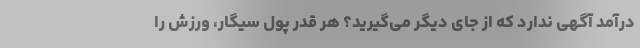
درآمد آگهی ندارد که از جای دیگر می‌گیرید؟ هر قدر پول سیگار، ورزش را